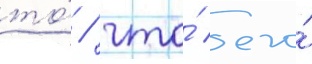
то́ / что́ его́